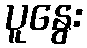
ပူနွေး